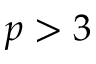
p > 3